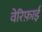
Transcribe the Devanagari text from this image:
वेरिफ़ाई